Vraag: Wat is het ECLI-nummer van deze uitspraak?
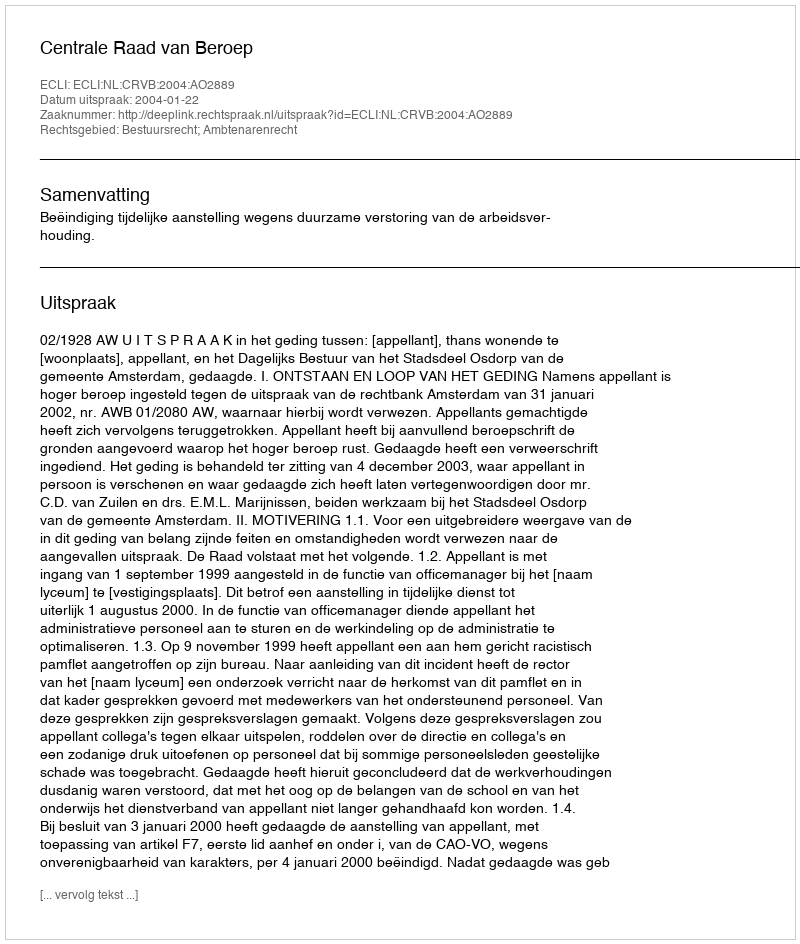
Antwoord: ECLI:NL:CRVB:2004:AO2889